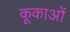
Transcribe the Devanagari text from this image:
कूकाओं